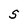
Character: S